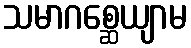
သမာဂစ္ဆေယျာမ